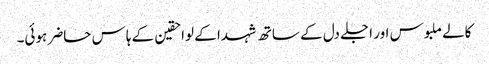
کالے ملبوس اور اجلے دل کے ساتھ شہدا کے لواحقین کے ہاس حاضر ہوئی۔